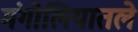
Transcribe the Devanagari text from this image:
मंगोलियातले